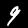
Digit: 9